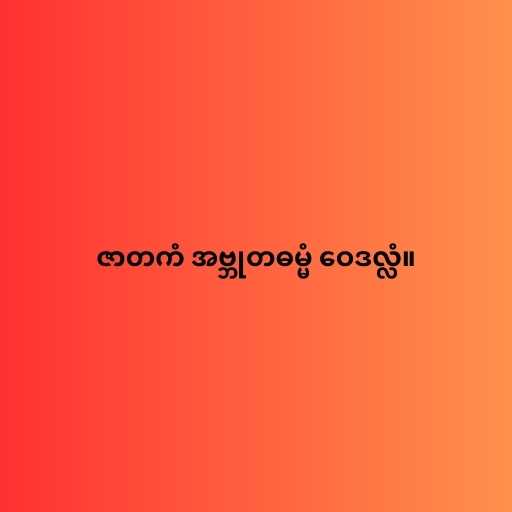
ဇာတကံ အဗ္ဘုတဓမ္မံ ဝေဒလ္လံ။